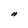
Character: n